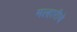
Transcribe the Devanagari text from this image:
मल्हारीचे